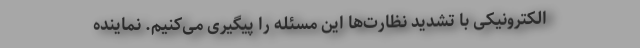
الکترونیکی با تشدید نظارت‌ها این مسئله را پیگیری می‌کنیم. نماینده